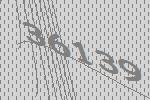
36139